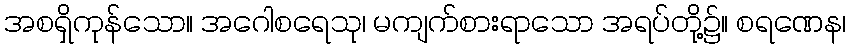
အစရှိကုန်သော။ အဂေါစရေသု၊ မကျက်စားရာသော အရပ်တို့၌။ စရဏေန၊